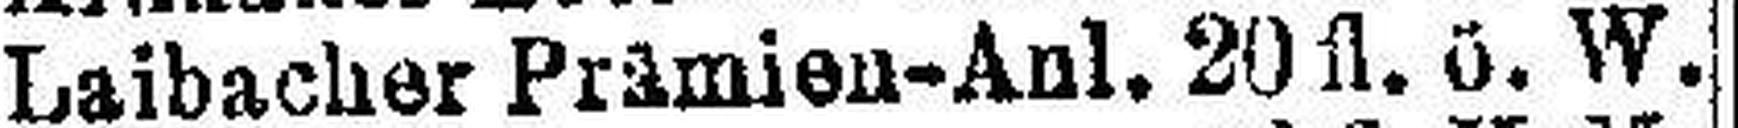
Laibacher Prämien-Anl. 20 fl. ö. W.